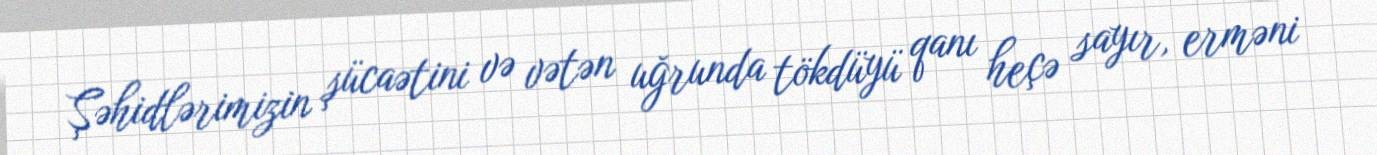
Şəhidlərimizin şücaətini və vətən uğrunda tökdüyü qanı heçə sayır, erməni